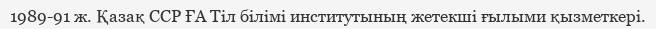
1989-91 ж. Қазақ ССР ҒА Тіл білімі институтының жетекші ғылыми қызметкері.